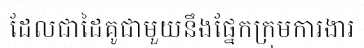
ដែលជាដៃគូជាមួយនឹងផ្នែកក្រុមការងារ